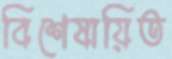
বিশেষায়িত